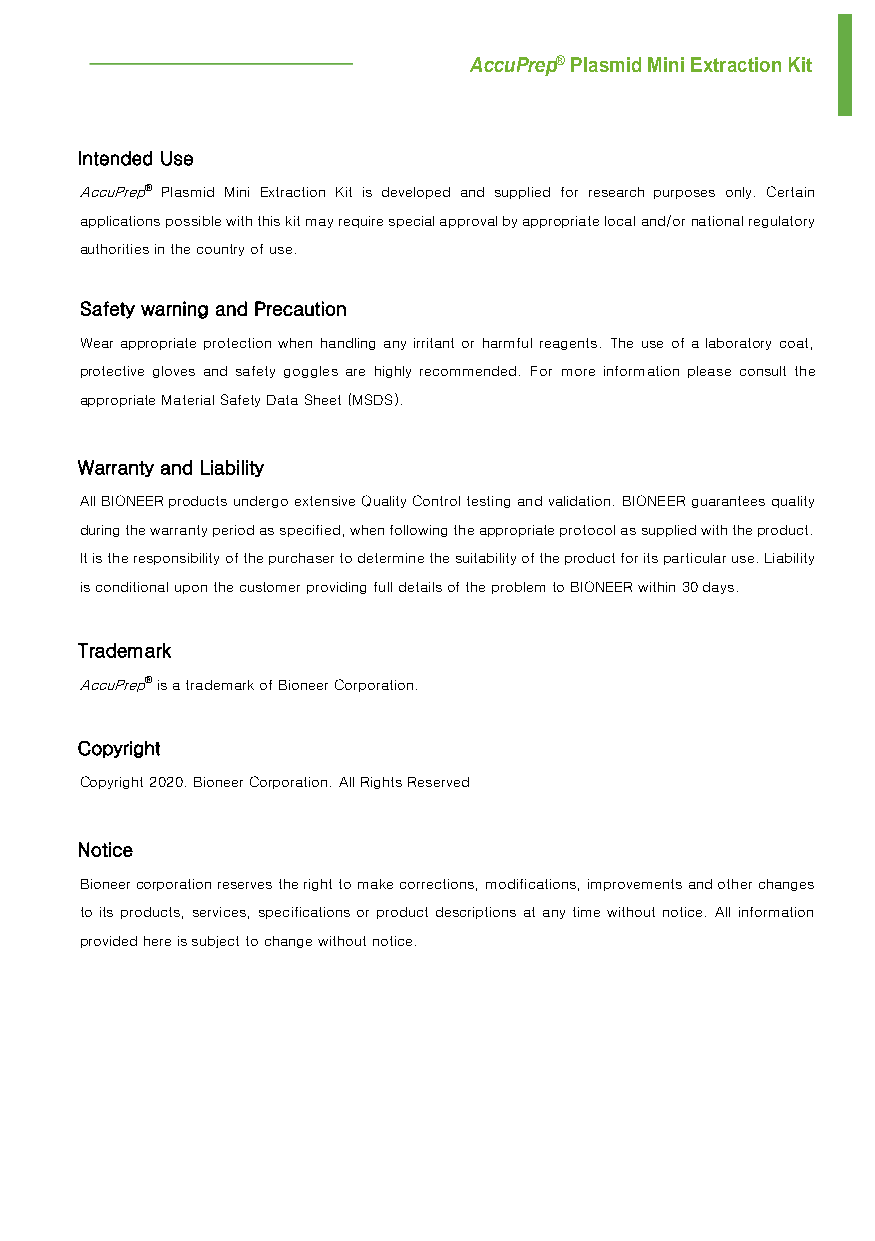
AccuPrep® Plasmid Mini Extraction Kit
 Intended Use
 AccuPrep® Plasmid Mini Extraction Kit is developed and supplied for research purposes only. Certain
 applications possible with this kit may require special approval by appropriate local and/or national regulatory
 authorities in the country of use.
 Safety warning and Precaution
 Wear appropriate protection when handling any irritant or harmful reagents. The use of a laboratory coat,
 protective gloves and safety goggles are highly recommended. For more information please consult the
 appropriate Material Safety Data Sheet (MSDS).
 Warranty and Liability
 All BIONEER products undergo extensive Quality Control testing and validation. BIONEER guarantees quality
 during the warranty period as specified, when following the appropriate protocol as supplied with the product.
 It is the responsibility of the purchaser to determine the suitability of the product for its particular use. Liability
 is conditional upon the customer providing full details of the problem to BIONEER within 30 days.
 Trademark
 AccuPrep® is a trademark of Bioneer Corporation.
 Copyright
 Copyright 2020. Bioneer Corporation. All Rights Reserved
 Notice
 Bioneer corporation reserves the right to make corrections, modifications, improvements and other changes
 to its products, services, specifications or product descriptions at any time without notice. All information
 provided here is subject to change without notice.